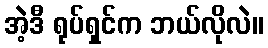
အဲ့ဒီ ရုပ်ရှင်က ဘယ်လိုလဲ။